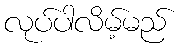
လုပ်ပါလိမ့်မည်